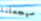
سيجعلنا